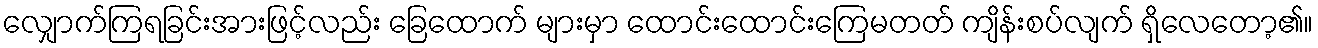
လျှောက်ကြရခြင်းအားဖြင့်လည်း ခြေထောက် များမှာ ထောင်းထောင်းကြေမတတ် ကျိန်းစပ်လျက် ရှိလေတော့၏။